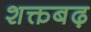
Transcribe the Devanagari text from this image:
शक्तबढ़